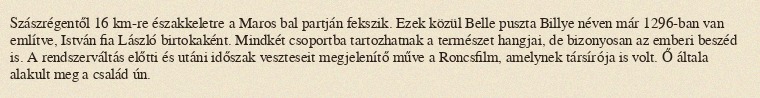
Szászrégentől 16 km-re északkeletre a Maros bal partján fekszik. Ezek közül Belle puszta Billye néven már 1296-ban van említve, István fia László birtokaként. Mindkét csoportba tartozhatnak a természet hangjai, de bizonyosan az emberi beszéd is. A rendszerváltás előtti és utáni időszak veszteseit megjelenítő műve a Roncsfilm, amelynek társírója is volt. Ő általa alakult meg a család ún.